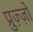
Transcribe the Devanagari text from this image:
प्रुज़्ज़ो